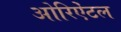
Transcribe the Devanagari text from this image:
ओरिऐंटल